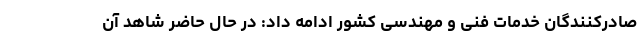
صادرکنندگان خدمات فنی و مهندسی کشور ادامه‌ داد: در حال حاضر شاهد آن